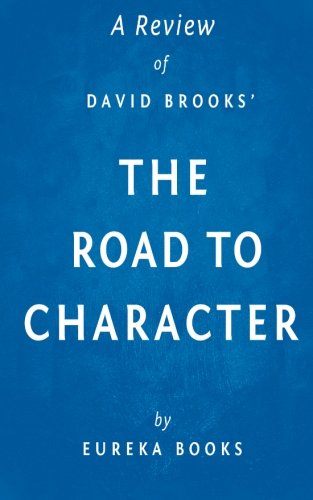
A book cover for A Review of David Brooks' The Road to Character; Eureka Books; Medical Books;